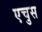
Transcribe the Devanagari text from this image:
एचुस